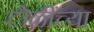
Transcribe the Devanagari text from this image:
टोळींच्या